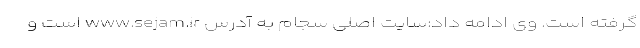
گرفته است. وی ادامه داد:سایت اصلی سجام به آدرس www.sejam.ir است و